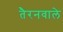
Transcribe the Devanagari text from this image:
तैरनवाले